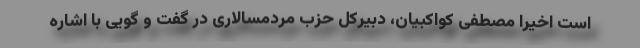
است اخیرا مصطفی کواکبیان، دبیرکل حزب مردمسالاری در گفت و گویی با اشاره